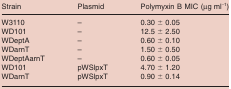
<table><thead><tr><td><b>Strain</b></td><td><b>Plasmid</b></td><td><b>Polymyxin B MIC (μg ml<sup>−1</sup>)</b></td></tr></thead><tbody><tr><td>W3110</td><td>–</td><td>0.30 ± 0.05</td></tr><tr><td>WD101</td><td>–</td><td>12.5 ± 2.50</td></tr><tr><td>WDeptA</td><td>–</td><td>0.60 ± 0.10</td></tr><tr><td>WDarnT</td><td>–</td><td>1.50 ± 0.50</td></tr><tr><td>WDeptAarnT</td><td>–</td><td>0.60 ± 0.05</td></tr><tr><td>WD101</td><td>pWSlpxT</td><td>4.70 ± 1.20</td></tr><tr><td>WDarnT</td><td>pWSlpxT</td><td>0.90 ± 0.14</td></tr></tbody></table>